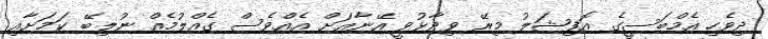
ދިވެހި އެމްބަސީގެ އޮފިޝަލު މިރޭ ވިދާޅުވީ އޭނާއަށް އެއްވެސް ގެއްލުމެއް ނުލިބޭ ކަމަށާއި